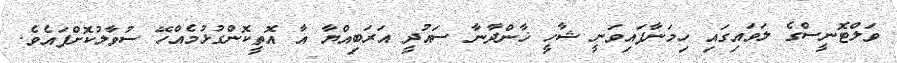
ވަލްޓޮނީސްގެ ލަވައިގައި ހިމަނާފައިވަނީ ޝާހީ ޚާންދާނާ ސައުދީ އަރަބިއްޔާ އާ އޮތީކޮންގުޅުމެއްހޭ ސުވާލުކޮށްފައެވެ.